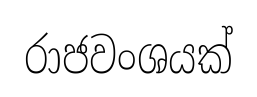
රාජවංශයක්